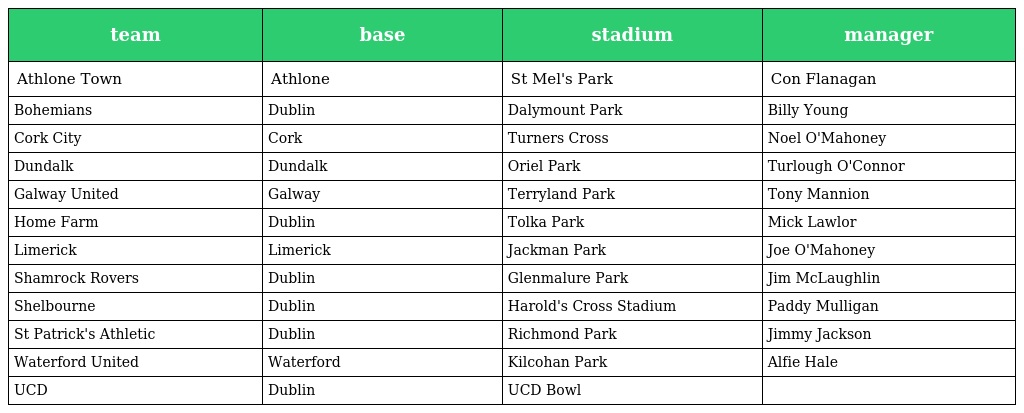
| team | base | stadium | manager |
 | --- | --- | --- | --- |
 | Athlone Town | Athlone | St Mel's Park | Con Flanagan |
 | Bohemians | Dublin | Dalymount Park | Billy Young |
 | Cork City | Cork | Turners Cross | Noel O'Mahoney |
 | Dundalk | Dundalk | Oriel Park | Turlough O'Connor |
 | Galway United | Galway | Terryland Park | Tony Mannion |
 | Home Farm | Dublin | Tolka Park | Mick Lawlor |
 | Limerick | Limerick | Jackman Park | Joe O'Mahoney |
 | Shamrock Rovers | Dublin | Glenmalure Park | Jim McLaughlin |
 | Shelbourne | Dublin | Harold's Cross Stadium | Paddy Mulligan |
 | St Patrick's Athletic | Dublin | Richmond Park | Jimmy Jackson |
 | Waterford United | Waterford | Kilcohan Park | Alfie Hale |
 | UCD | Dublin | UCD Bowl |  |